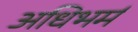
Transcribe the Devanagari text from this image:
अधिभर्म